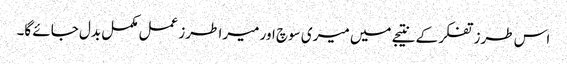
اس طرز تفکر کے نتیجے میں میری سوچ اور میرا طرز عمل مکمل بدل جائے گا۔